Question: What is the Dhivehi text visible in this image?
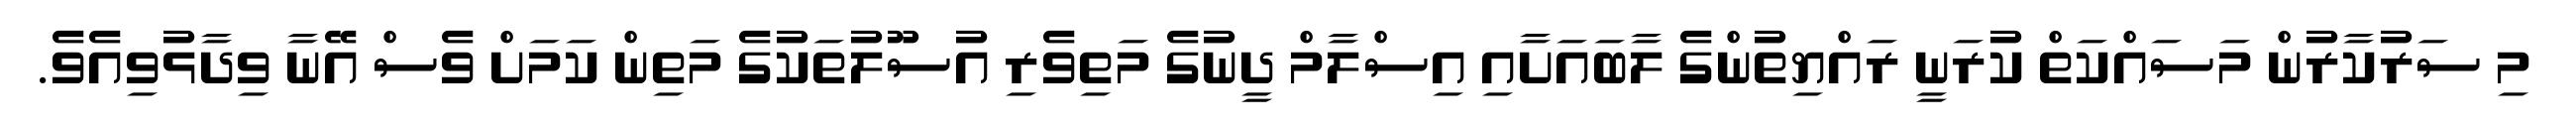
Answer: މި ސަރުކާރުން މަސައްކަތް ކުރަނީ ރައްޔިތުންގެ ލާބައަށާއި އިސްލާމް ދީނުގެ މަތިވެރި އުސޫލުތަކުގެ މަތިން ކަމަށް ވެސް އޭނާ ވިދާޅުވިއެވެ.